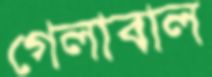
গেলাবাল